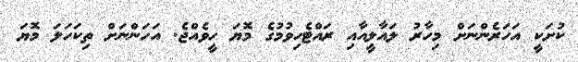
ކުށަކީ އަހަރެންނަށް މިހާރު ލައާލީއާއި ރައްޓެހިވުމުގެ މޮޔަ ހީވެއްޖެ. އަހަންނަށް ތިކަހަަލަ މޮޔަ